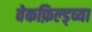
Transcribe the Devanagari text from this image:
वेकफ़िल्ड्च्या